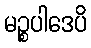
မဉ္စပါဒေပိ